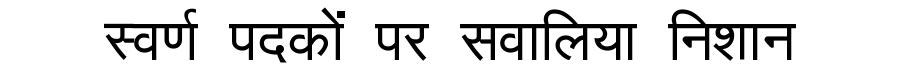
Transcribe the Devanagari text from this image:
स्वर्ण पदकों पर सवालिया निशान